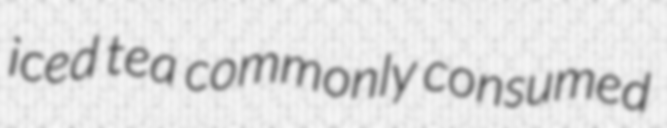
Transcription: iced tea commonly consumed